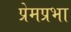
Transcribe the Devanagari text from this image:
प्रेमप्रभा